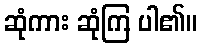
ဆုံကား ဆုံကြ ပါ၏။